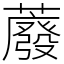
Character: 䕠